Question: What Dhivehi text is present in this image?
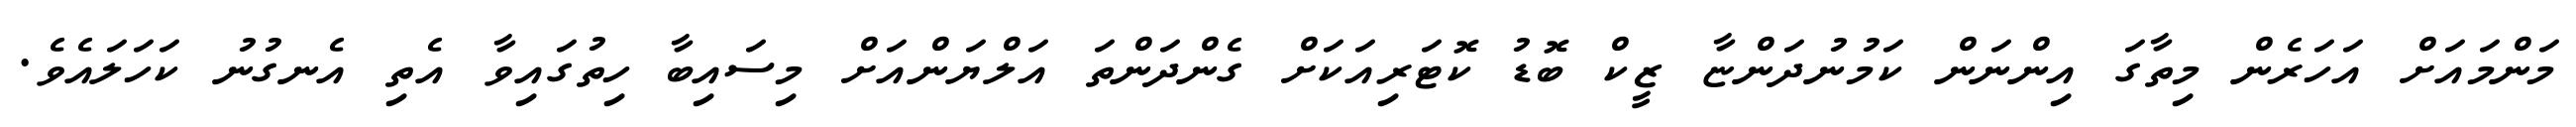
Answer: މަންމައަށް އަހަރެން މިތާގަ އިންނަން ކަމުނުދަންޏާ ޒީކް ބޮޑު ކޮޓަރިއަކަށް ގެންދަންތަ އަލްޔަންއަށް މިސައިބާ ހިތުގައިވާ އެތި އެނގުނު ކަހަލައެވެ.